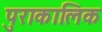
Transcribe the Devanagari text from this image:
पुराकालिक